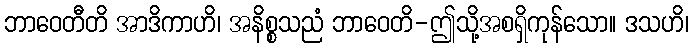
ဘာဝေတီတိ အာဒိကာဟိ၊ အနိစ္စသညံ ဘာဝေတိ-ဤသို့အစရှိကုန်သော။ ဒသဟိ၊